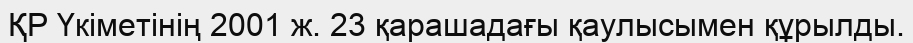
ҚР Үкіметінің 2001 ж. 23 қарашадағы қаулысымен құрылды.